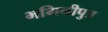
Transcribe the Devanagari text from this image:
भगिनीपुत्र